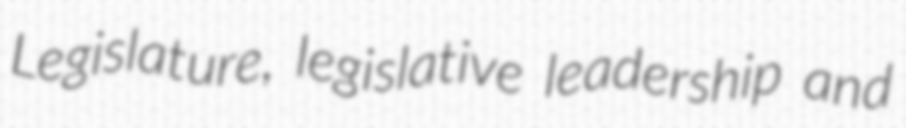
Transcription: Legislature, legislative leadership and